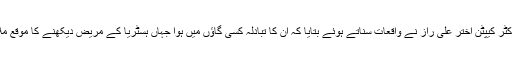
ڈاکٹر کیپٹن اختر علی راز نے واقعات سناتے ہوئے بتایا کہ ان کا تبادلہ کسی گاؤں میں ہوا جہاں ہسٹریا کے مریض دیکھنے کا موقع ملا۔